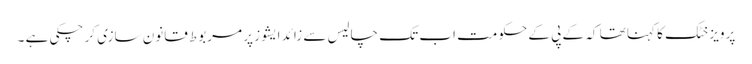
پرویز خٹک کا کہنا تھا کہ کے پی کے حکومت اب تک چالیس سے زائد ایشوز پر مربوط قانون سازی کر چکی ہے ۔